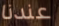
عندنا